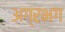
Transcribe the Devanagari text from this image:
अग्रभग